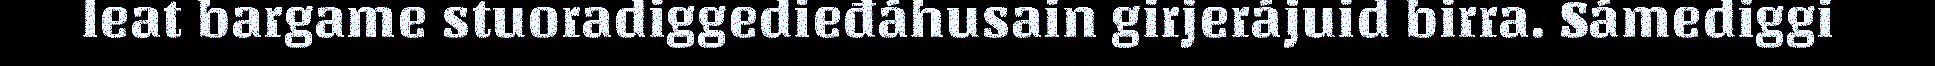
leat bargame stuoradiggedieđáhusain girjerájuid birra. Sámediggi